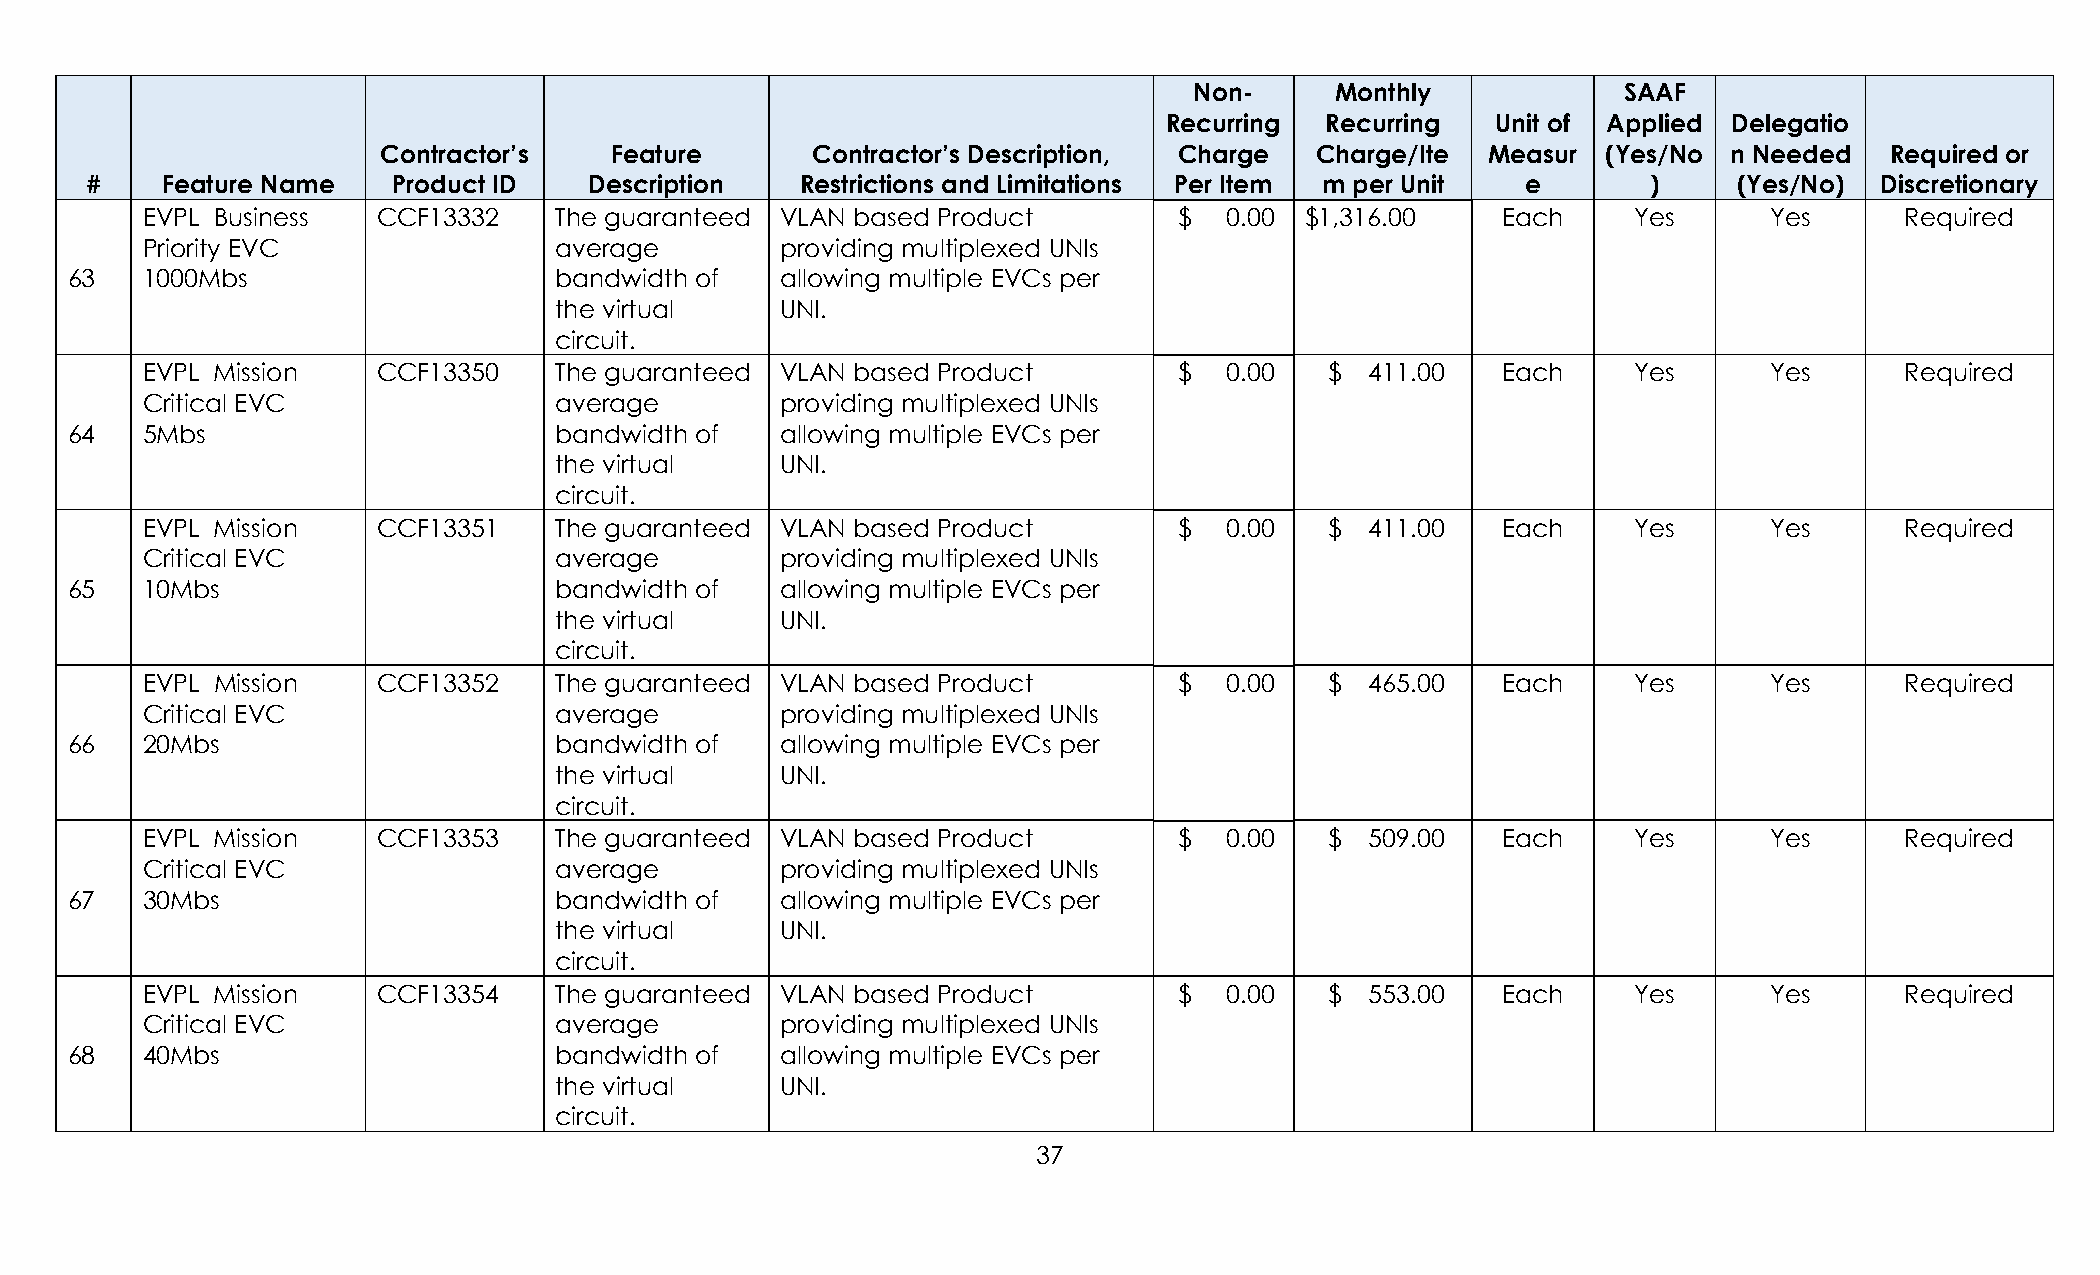
Non-     Monthly            SAAF
 Recurring  Recurring  Unit of Applied Delegatio
 Contractor’s   Feature       Contractor’s Description, Charge Charge/Ite  Measur (Yes/No  n Needed  Required or
 #    Feature Name   Product ID   Description   Restrictions and Limitations Per Item m per Unit e      )     (Yes/No) Discretionary
 EVPL Business   CCF13332    The guaranteed VLAN based Product        $  0.00 $1,316.00    Each     Yes      Yes      Required
 Priority EVC                average        providing multiplexed UNIs
 63   1000Mbs                     bandwidth of   allowing multiple EVCs per
 the virtual    UNI.
 circuit.
 EVPL Mission    CCF13350    The guaranteed VLAN based Product        $  0.00   $  411.00  Each     Yes      Yes      Required
 Critical EVC                average        providing multiplexed UNIs
 64   5Mbs                        bandwidth of   allowing multiple EVCs per
 the virtual    UNI.
 circuit.
 EVPL Mission    CCF13351    The guaranteed VLAN based Product        $  0.00   $  411.00  Each     Yes      Yes      Required
 Critical EVC                average        providing multiplexed UNIs
 65   10Mbs                       bandwidth of   allowing multiple EVCs per
 the virtual    UNI.
 circuit.
 EVPL Mission    CCF13352    The guaranteed VLAN based Product        $  0.00   $  465.00  Each     Yes      Yes      Required
 Critical EVC                average        providing multiplexed UNIs
 66   20Mbs                       bandwidth of   allowing multiple EVCs per
 the virtual    UNI.
 circuit.
 EVPL Mission    CCF13353    The guaranteed VLAN based Product        $  0.00   $  509.00  Each     Yes      Yes      Required
 Critical EVC                average        providing multiplexed UNIs
 67   30Mbs                       bandwidth of   allowing multiple EVCs per
 the virtual    UNI.
 circuit.
 EVPL Mission    CCF13354    The guaranteed VLAN based Product        $  0.00   $  553.00  Each     Yes      Yes      Required
 Critical EVC                average        providing multiplexed UNIs
 68   40Mbs                       bandwidth of   allowing multiple EVCs per
 the virtual    UNI.
 circuit.
 37